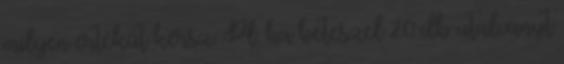
milyen értékűt kérsz. Pl. ha beteszel 20 db utalványt